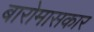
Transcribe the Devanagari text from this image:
बारोमासकार